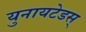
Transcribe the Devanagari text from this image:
युनायटेडस्